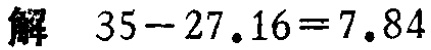
解 \(35 - 27.16 = 7.84\)